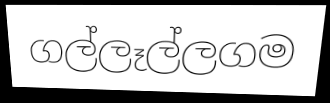
ගල්ලෑල්ලගම